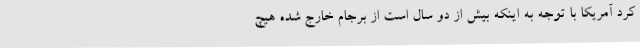
کرد آمریکا با توجه به اینکه بیش از دو سال است از برجام خارج شده هیچ